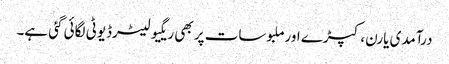
درآمدی یارن، کپڑے اورملبوسات پر بھی ریگیولیٹرڈیوٹی لگائی گئی ہے۔